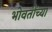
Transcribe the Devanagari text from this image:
भोवतींच्या